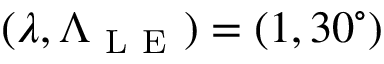
( \lambda , \Lambda _ { \mathrm { ~ L ~ E ~ } } ) = ( 1 , 3 0 ^ { \circ } )